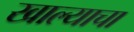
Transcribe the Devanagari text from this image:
खाल्याचा